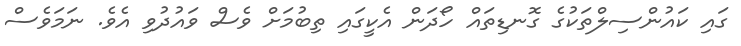
ގައި ކައުންސިލްތަކުގެ ގޮނޑިތައް ހޯދަން އެކީގައި ތިބުމަށް ވެސް ވައުދުވި އެވެ. ނަމަވެސް